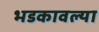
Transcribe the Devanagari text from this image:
भडकावल्या